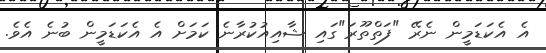
އެ އެކަޑަމީން ނެރޭ "ފަތްތޫރަ"ގައި ޝާއިއުކުރާނެ ކަމަށް އެ އެކަޑަމީން ބުނެ އެވެ.